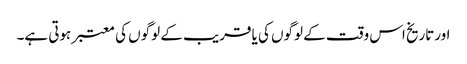
اورتاریخ اس وقت کے لوگوں کی یا قریب کے لوگوں کی معتبر ہوتی ہے۔